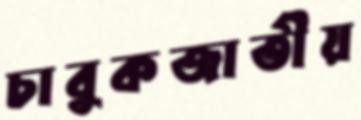
চাবুকজাতীয়